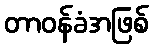
တာဝန်ခံအဖြစ်